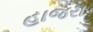
હાજરા